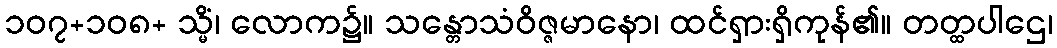
၁၀၇+၁၀၈+ သ္မိံ၊ လောက၌။ သန္တောသံဝိဇ္ဇမာနော၊ ထင်ရှားရှိကုန်၏။ တတ္ထပါဌေ၊